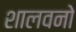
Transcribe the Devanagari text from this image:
शालवनो